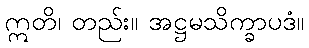
ဣတိ၊ တည်း။ အဋ္ဌမသိက္ခာပဒံ။